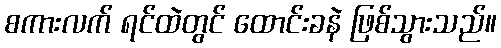
စကားလက် ရင်ထဲတွင် ထောင်းခနဲ ဖြစ်သွားသည်။